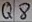
Text: Q8